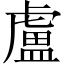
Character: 盧